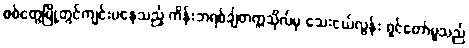
စစ်တွေမြို့တွင်ကျင်းပနေသည့် ကိန်းဘရစ်ချ်တက္ကသိုလ်မှ သေးငယ်လွန်း ရှင်တော်မူသည်